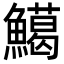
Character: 𩼙